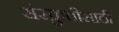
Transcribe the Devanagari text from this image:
संस्क्रुतीसाठी